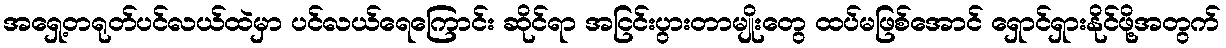
အရှေ့တရုတ်ပင်လယ်ထဲမှာ ပင်လယ်ရေကြောင်း ဆိုင်ရာ အငြင်းပွားတာမျိုးတွေ ထပ်မဖြစ်အောင် ရှောင်ရှားနိုင်ဖို့အတွက်